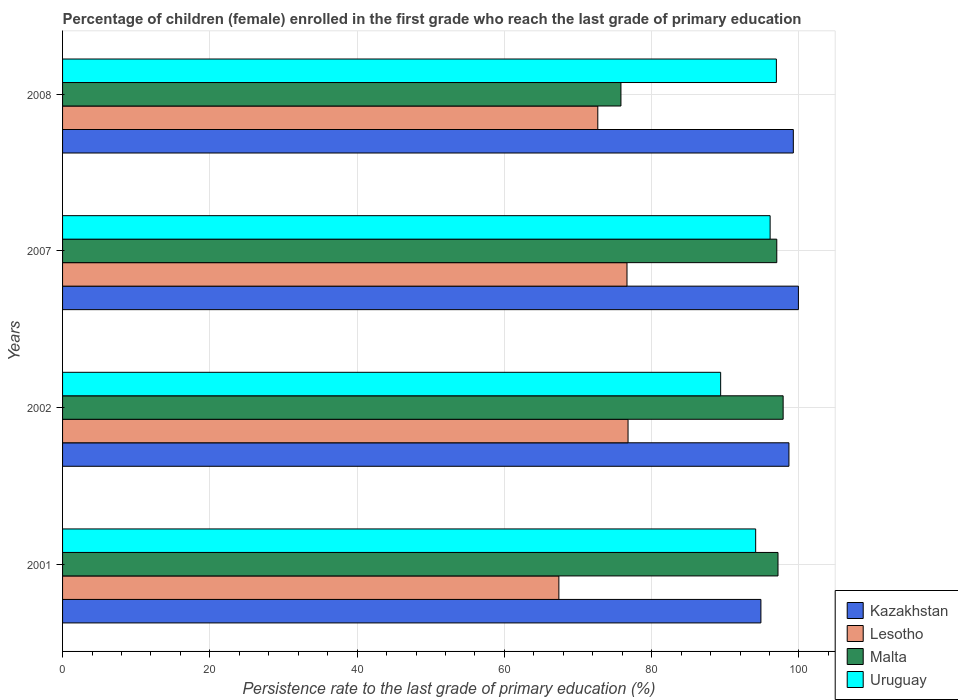
| Years | Kazakhstan | Lesotho | Malta | Uruguay |
 | --- | --- | --- | --- | --- |
 | 2001 | 94.8 | 67.4 | 97.2 | 94.1 |
 | 2002 | 98.6 | 76.8 | 97.9 | 89.4 |
 | 2007 | 99.9 | 76.7 | 97 | 96.1 |
 | 2008 | 99.2 | 72.7 | 75.8 | 96.9 |